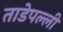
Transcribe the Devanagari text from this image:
ताडेपल्ली